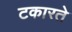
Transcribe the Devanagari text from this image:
टकारते